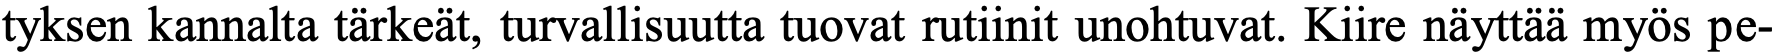
tyksen kannalta tärkeät, turvallisuutta tuovat rutiinit unohtuvat. Kiire näyttää myös pe-